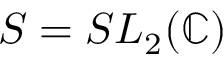
S = S L _ { 2 } ( \mathbb { C } )